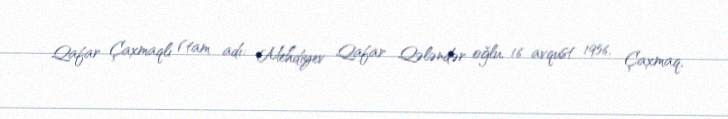
Qafar Çaxmaqlı (tam adı: Mehdiyev Qafar Qələndər oğlu, 16 avqust 1956, Çaxmaq,